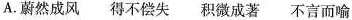
A.蔚然成风 得不偿失 积微成著 不言而喻